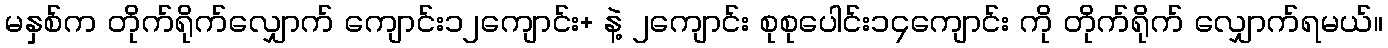
မနှစ်က တိုက်ရိုက်လျှောက် ကျောင်း၁၂ကျောင်း+ နဲ့ ၂ကျောင်း စုစုပေါင်း၁၄ကျောင်း ကို တိုက်ရိုက် လျှောက်ရမယ်။